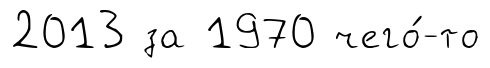
2013 за 1970 чего́-то